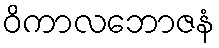
ဝိကာလဘောဇနံ